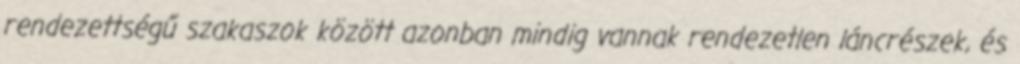
rendezettségű szakaszok között azonban mindig vannak rendezetlen láncrészek, és